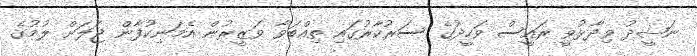
ނަޝީދު ވިދާޅުވީ ރައީސް ވަހީދުގެ ސަރުކާރުގައި ތިއްބަވާ ވަޒީރުން އެމަނިކުުފާން ޖަލަށް ލުމުގެ